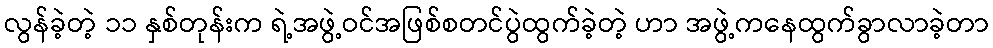
လွန်ခဲ့တဲ့ ၁၁ နှစ်တုန်းက ရဲ့အဖွဲ့ဝင်အဖြစ်စတင်ပွဲထွက်ခဲ့တဲ့ ဟာ အဖွဲ့ကနေထွက်ခွာလာခဲ့တာ